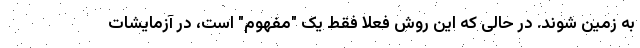
به زمین شوند. در حالی که این روش فعلا فقط یک "مفهوم" است، در آزمایشات